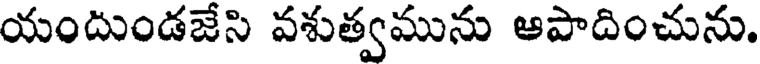
యందుండజేసి వశుత్వమును ఆపాదించును.